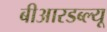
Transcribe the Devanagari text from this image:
बीआरडब्ल्यू